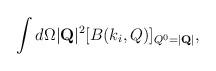
LaTeX: \begin{align*}\int d\Omega |{\bf Q}|^2[B(k_i, Q)]_{Q^0=|{\bf Q}|},\end{align*}